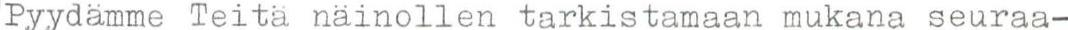
Pyydämme Teitä näinollen tarkistamaan mukana seuraa-